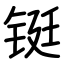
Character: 铤